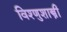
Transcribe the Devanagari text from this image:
विश्णुशास्त्री